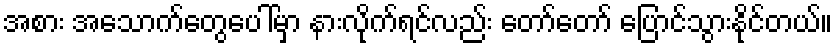
အစား အသောက်တွေပေါ်မှာ နားလိုက်ရင်လည်း တော်တော် ပြောင်သွားနိုင်တယ်။